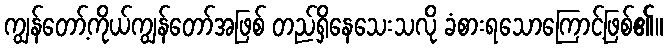
ကျွန်တော့်ကိုယ်ကျွန်တော်အဖြစ် တည်ရှိနေသေးသလို ခံစားရသောကြောင့်ဖြစ်၏။